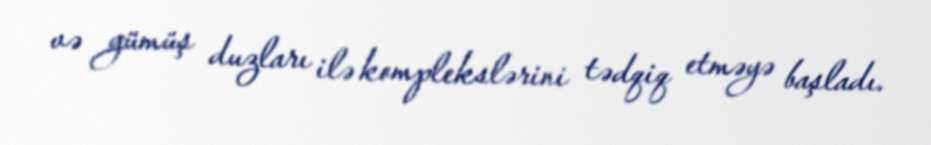
və gümüş duzları ilə komplekslərini tədqiq etməyə başladı.